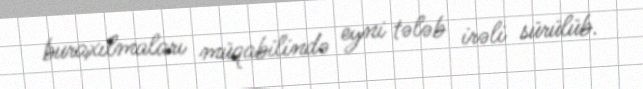
buraxılmaları müqabilində eyni tələb irəli sürülüb.